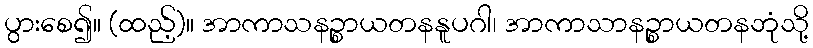
ပွားစေ၍။ (ထည့်)။ အာကာသနဉ္စာယတနနူပဂါ၊ အာကာသာနဉ္စာယတနဘုံသို့